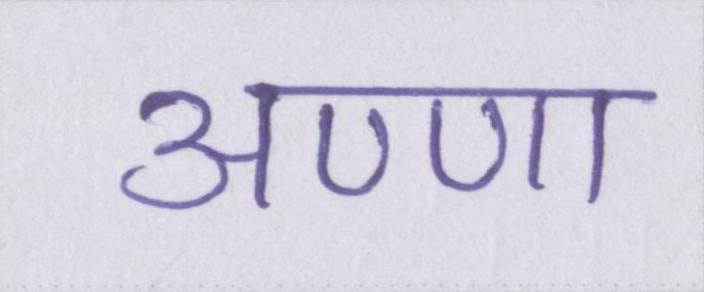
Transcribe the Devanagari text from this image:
अण्णा